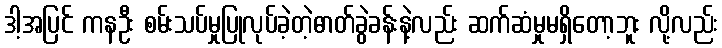
ဒါ့အပြင် ကနဦး စမ်းသပ်မှုပြုလုပ်ခဲ့တဲ့ဓာတ်ခွဲခန်းနဲ့လည်း ဆက်ဆံမှုမရှိတော့ဘူး လို့လည်း